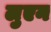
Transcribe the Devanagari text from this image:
लुएन